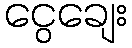
ငွေချေး